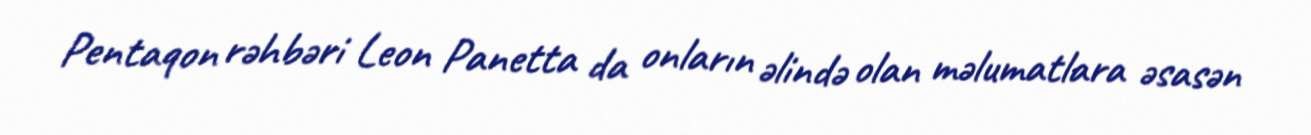
Pentaqon rəhbəri Leon Panetta da onların əlində olan məlumatlara əsasən